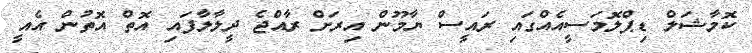
ކޮމާޝަލް ޑިޕްލޮމަސީއެއްގައި ރައީސް ޔާމޫން އިރަށް ރާއްޖެ ދީލާލާފައި އޮތް އޮތުން އެއީ